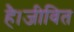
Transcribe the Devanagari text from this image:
है।जीवित